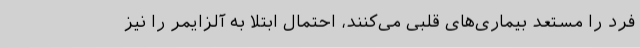
فرد را مستعد بیماری‌های قلبی می‌کنند، احتمال ابتلا به آلزایمر را نیز